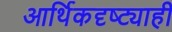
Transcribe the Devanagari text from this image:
आर्थिकदृष्ट्याही